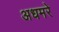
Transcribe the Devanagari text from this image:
अधमरे